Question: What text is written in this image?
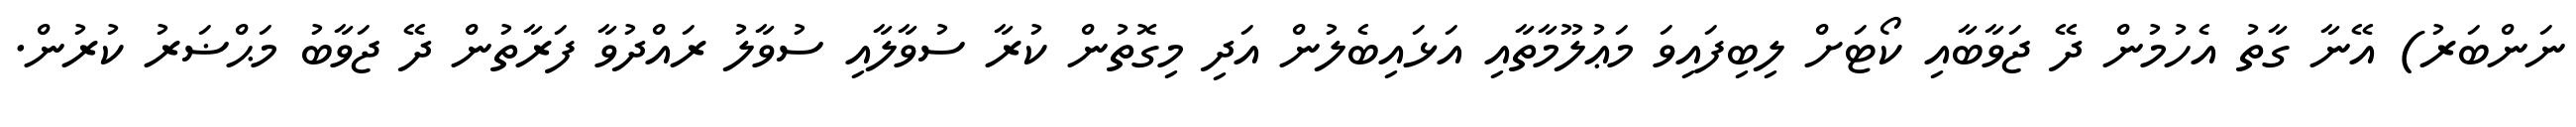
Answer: ނަންބަރު) އޭނާ ގާތު އެހުމުން ދޭ ޖަވާބާއި ކޯޓަށް ލިބިފައިވަ މަޢުލޫމާތާއި އަޅައިބެލުން އަދި މިގޮތުން ކުރާ ސުވާލާއި ސުވާލު ރައްދުވާ ފަރާތުން ދޭ ޖަވާބު މަޙްޟަރު ކުރުން.